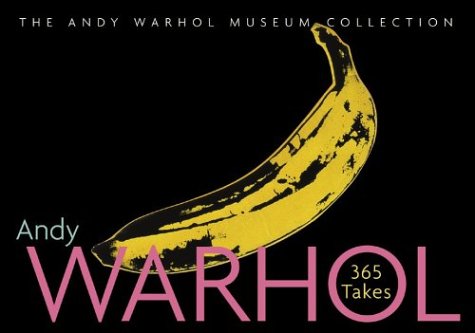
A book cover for Andy Warhol 365 Takes: The Andy Warhol Museum Collection; Staff of Andy Warhol Museum; Arts & Photography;